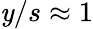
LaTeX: \mathit{y}/s\approx1